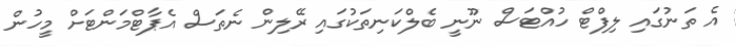
އެ ތަނުގައި ލިފްޓް ހުއްޓަސް ނޫނީ ބެލްކަނިތަކުގައި ރޭލިން ނެތަސް އެޕާޓްމަންޓަށް މީހުން